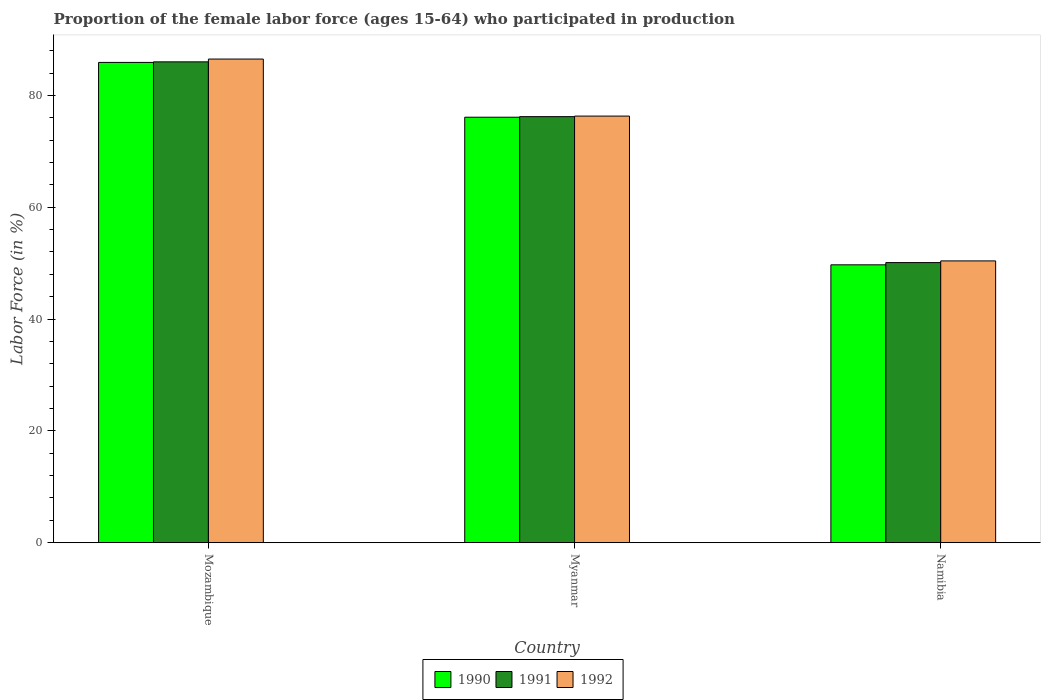
| Country | 1990 | 1991 | 1992 |
 | --- | --- | --- | --- |
 | Mozambique | 85.9 | 86 | 86.5 |
 | Myanmar | 76.1 | 76.2 | 76.3 |
 | Namibia | 49.7 | 50.1 | 50.4 |